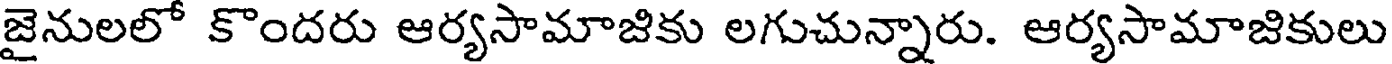
జైనులలో కొందరు ఆర్యసామాజికు లగుచున్నారు. ఆర్యసామాజికులు